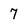
Character: 7